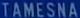
TAMESNA